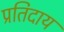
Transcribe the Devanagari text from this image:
प्रतिदाय